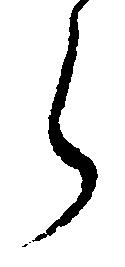
ら